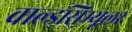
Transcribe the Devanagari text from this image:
वाल्डसिम्यूलर